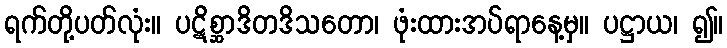
ရက်တို့ပတ်လုံး။ ပဋိစ္ဆာဒိတဒိသတော၊ ဖုံးထားအပ်ရာနေ့မှ။ ပဋ္ဌာယ၊ ၍။